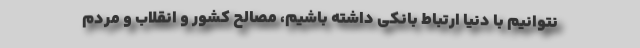
نتوانیم با دنیا ارتباط بانکی داشته باشیم، مصالح کشور و انقلاب و مردم